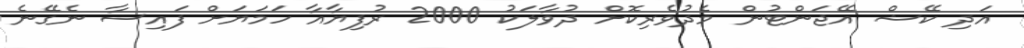
އަދި ކޭޝް އޭޖަންޓުން މެދުވެރިކޮށް ދުވާލަކު 2000 ރުފިޔާއާ ހަމަޔަށް ފައިސާ ނެގޭނެ